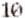
10